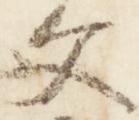
文